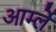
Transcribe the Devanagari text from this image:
आर्म्ले